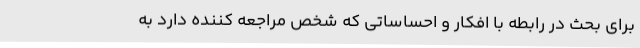
برای بحث در رابطه با افکار و احساساتی که شخص مراجعه کننده دارد به